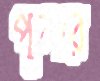
পুলার